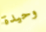
وحيدة